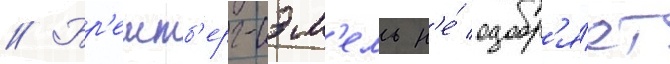
// Бр'еитб'ерг-сэм'ель н'е́ одобр'я́ет